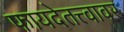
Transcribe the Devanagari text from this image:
फायदेतत्त्वावर